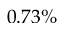
0 . 7 3 \%